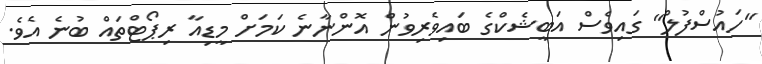
"ހައުސްފުލް" ގައިވެސް އަބީޝެކްގެ ބައިވެރިވުން އޮންނާނެ ކަމަށް މީޑިއާ ރިޕޯޓްތައް ބުނެ އެވެ.